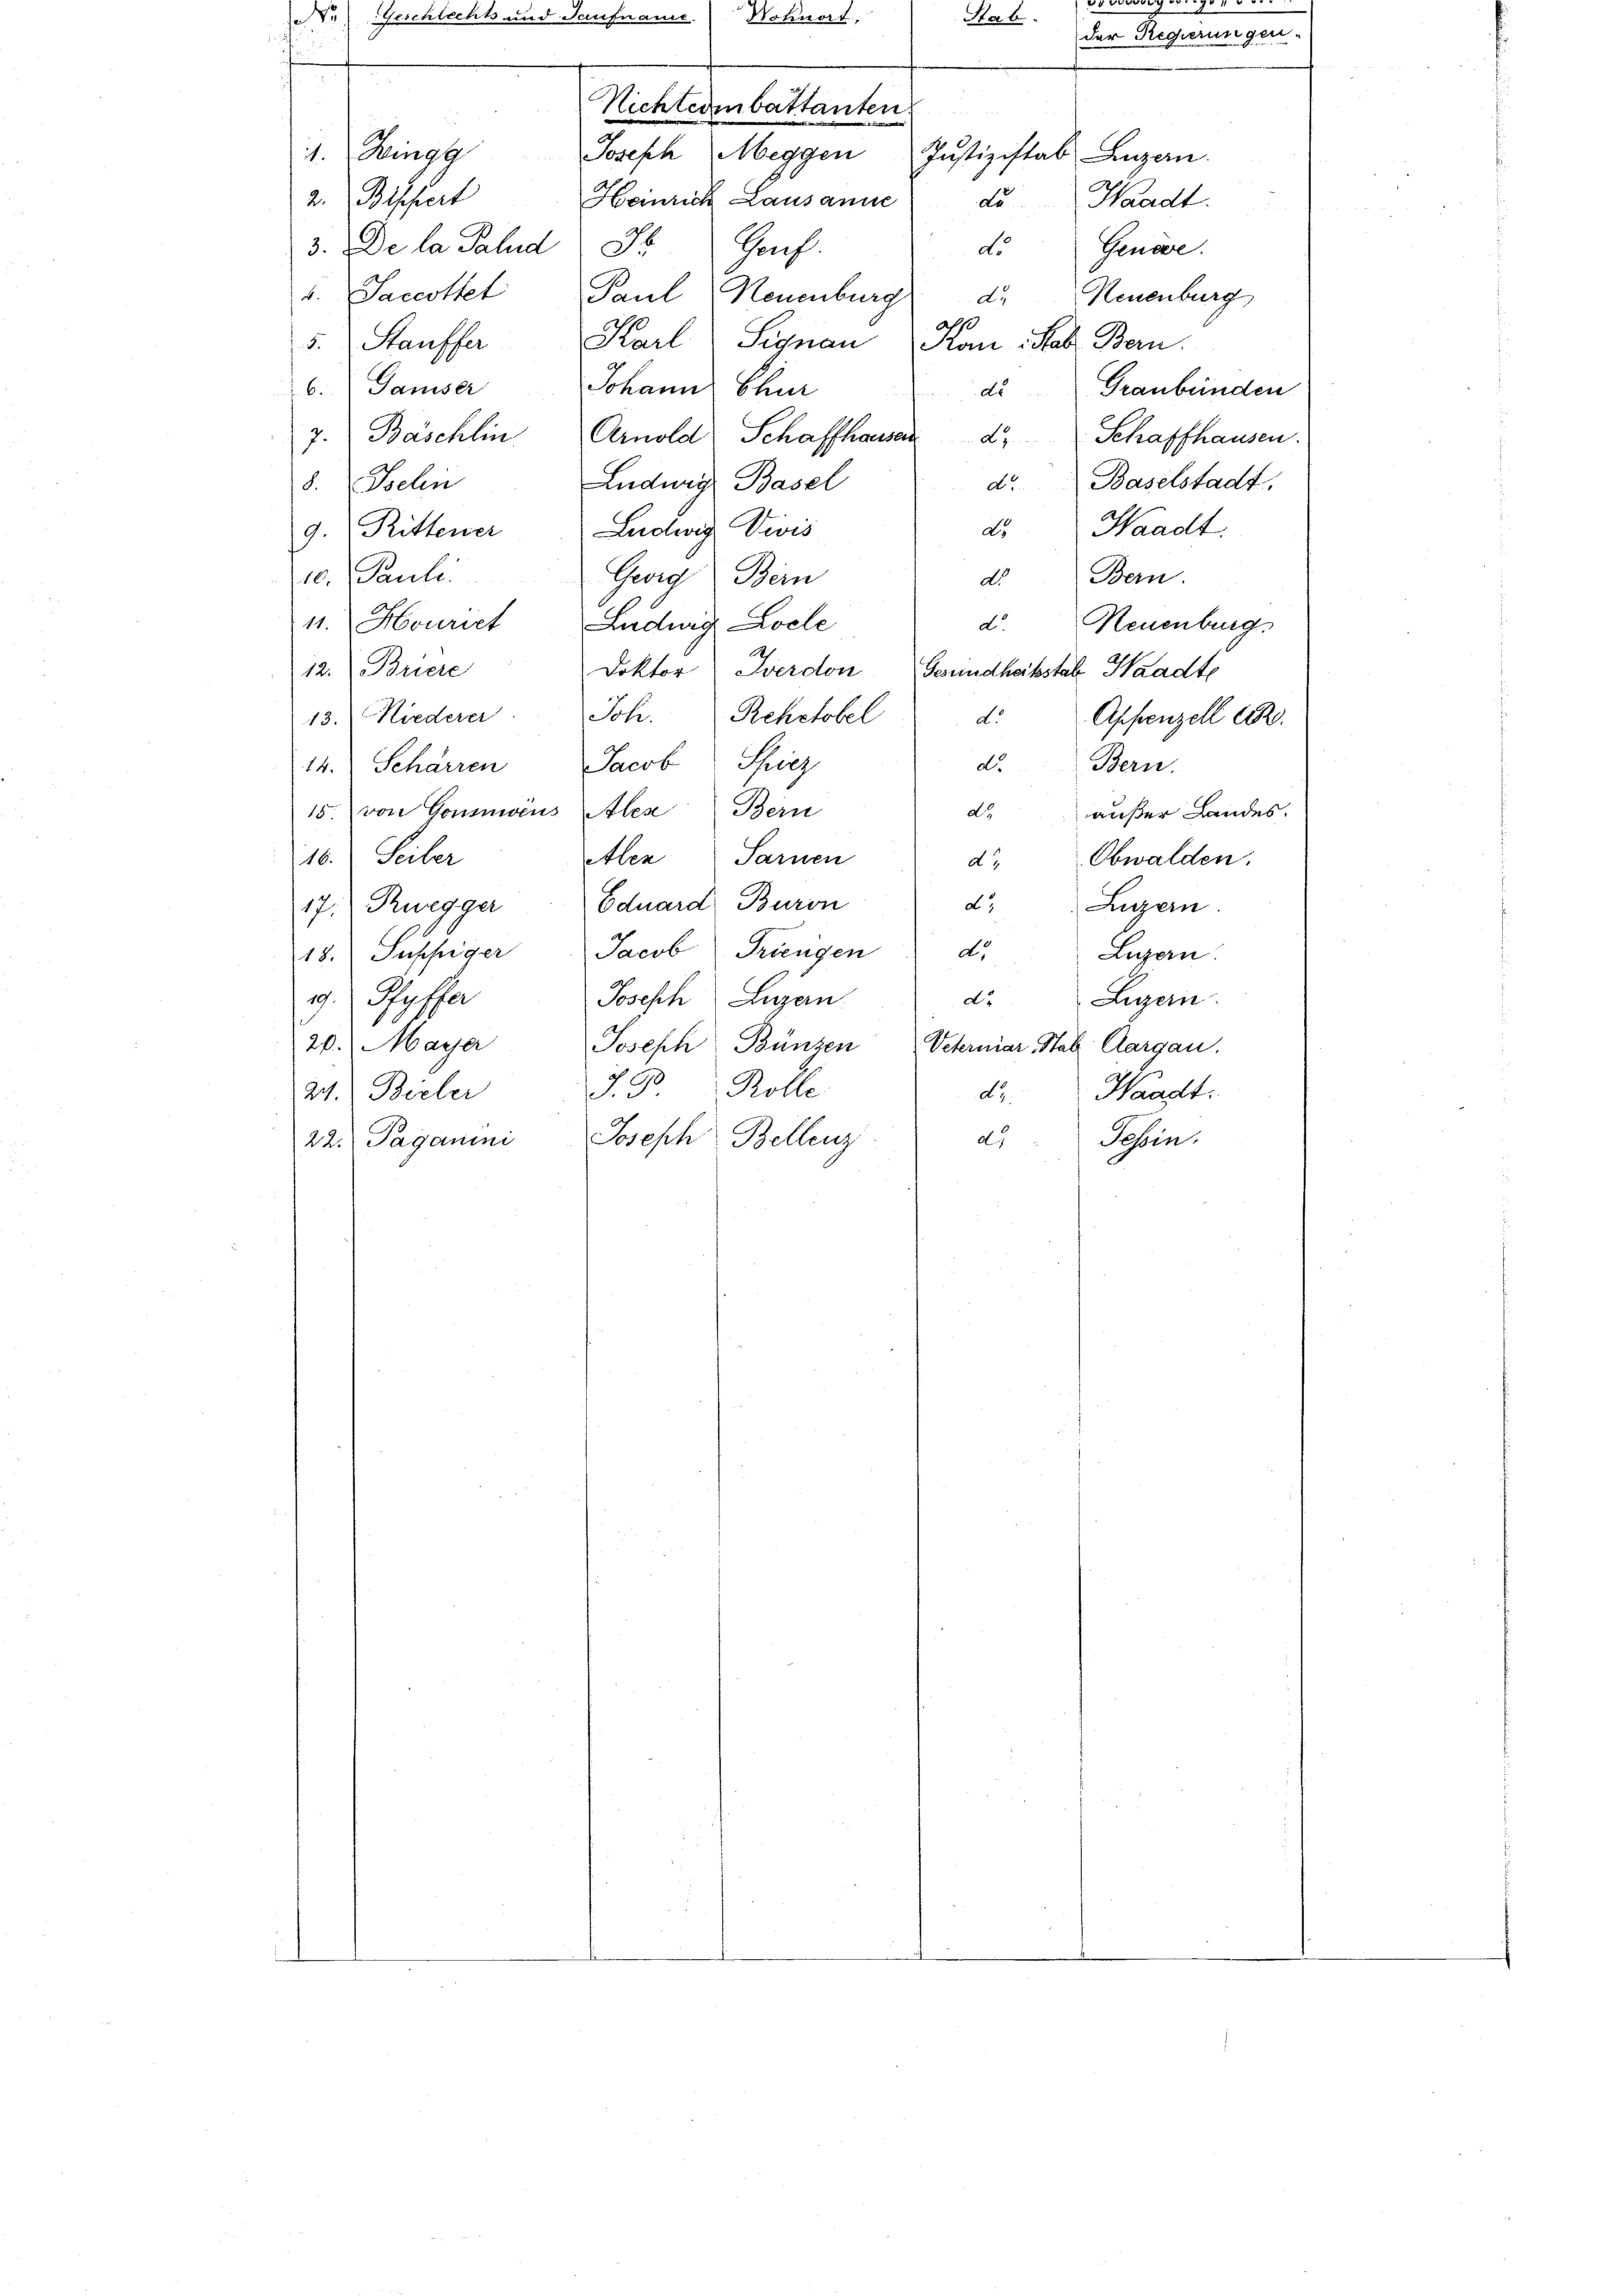
Johann Chur
7. Bäschlin Arnold Schaffhauser
Luduig Basel
8. Belin
9. Rittener Ludwig Divis
10. Pauli.
Bern
Georg Bern
dto.
1. Hourist Ludwig Loche
Neuenburg.
do
12. Briere
Doktor: Werdon
Gesundheitsstabe Waadte
13. Niederer. Joh. Rehctobel
do
Appenzell 1820.
Rig
d.
Jacob
Bern
14. Scharren
15. von Goumwens Ales Bern
do.
außer Landes.
16. Seiter
Atlen Sarnen
Obwalden.
do
Eduard Buron
d.3
Luzern
17. Ruegger
18. Supfiger Jacob Triengen
Luzern.
dto.
9. Pfyffer
do
Luzern
Joseph Lugan
20. Maÿer
Joseph Bünzen Veterniar Stab Aargau.
93
Rolle
29. Bieler
Waadt.
dt.
Joseph Bellenz
Sain.
dt
22. Paganini

a de Geschlecht und Taufname

1. Zingg
2. Bischert
3. De la Salnd Fr. Genf.
5. Stauffer
6.Gamiser

Nohnort,
der Regierungen
Nichterenbattanten
Joseph Meggen Justizstab Luzern.
Heinrich Lausanne
deHaadt.
Genae.
do.
v. Saccothet Paul, Neuenburg
Neuenburg
dt.
.
Karl Signau (Man habe Bern.

Stab.

de Graubünden
Schaffhausen.
d. Baselstadt,
d. Waadt.